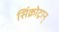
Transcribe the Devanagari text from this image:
सिंक्रोट्रान्